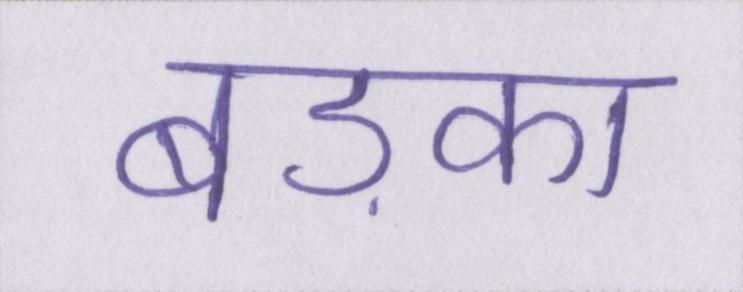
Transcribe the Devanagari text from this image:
बड़का